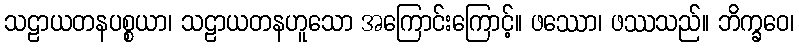
သဠာယတနပစ္စယာ၊ သဠာယတနဟူသော အကြောင်းကြောင့်။ ဖဿော၊ ဖဿသည်။ ဘိက္ခဝေ၊